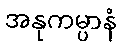
အနုကမ္ပာနံ